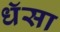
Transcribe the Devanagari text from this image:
धॅसा